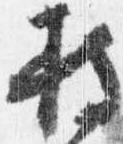
持